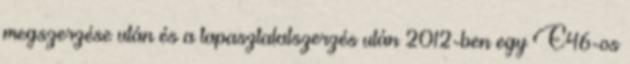
megszerzése után és a tapasztalatszerzés után 2012-ben egy E46-os